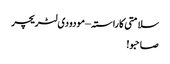
سلامتی کا راستہ – مودودی لٹریچر
صاحبو!